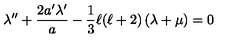
\lambda ^ { \prime \prime } + \frac { 2 a ^ { \prime } \lambda ^ { \prime } } { a } - \frac { 1 } { 3 } \ell ( \ell + 2 ) \left( \lambda + \mu \right) = 0